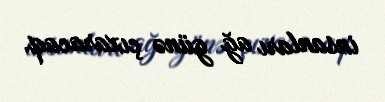
insanları ağ günə çıxaracaq.